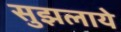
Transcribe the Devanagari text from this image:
सुझलाये